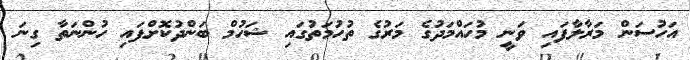
އަހުސަން މަރާލާފައި ވަނީ މުހައްމަދުގެ މަރުގެ ތުހުމަތުގައި ޝަހުމް ބަންދުކޮށްފައި ހުންނަތާ ގިނަ